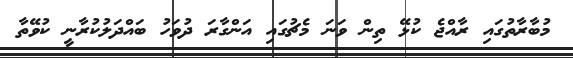
މުބާރާތުގައި ރާއްޖެ ކުޅޭ ތިން ވަނަ މެޗުގައި އަންގާރަ ދުވަހު ބައްދަލުކުރާނީ ކުވޭތާ